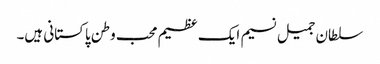
سلطان جمیل نسیم ایک عظیم محب وطن پاکستانی ہیں۔